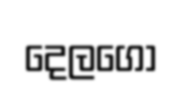
දෙලගො